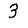
Digit: 3